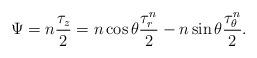
LaTeX: \begin{align*}\Psi=n\frac{\tau_z}{2}=n \cos \theta \frac{\tau_{r}^n}{2} - n \sin \theta \frac{\tau_{\theta}^n}{2}.\end{align*}